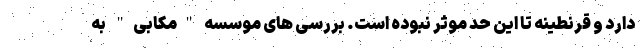
دارد و قرنطینه تا این حد موثر نبوده است. بررسی های موسسه "مکابی" به